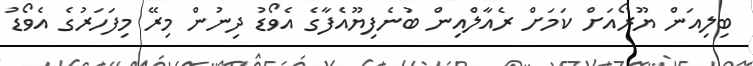
ބިލިއަން ޔޫރޯއަށް ކަމަށް ރެއާލްއިން ބުނެފިޔޫއެފާގެ އެވޯޑު ދިނުން މިރޭ މިފަހަރުގެ އެވޯޑު